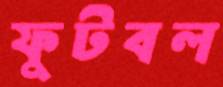
ফুটবল